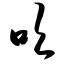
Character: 吹